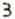
3